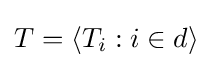
T=\langle T_{i}:i\in d\rangle